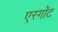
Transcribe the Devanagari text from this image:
एरगॉट